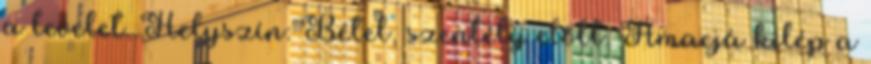
a levelet. Helyszín: Bétel, szentély előtt. Amacjá kilép a